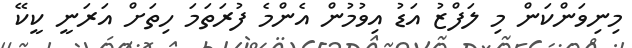
މިނިވަންކަން މި ލަފްޒު އަޑު އިވުމުން އެންމެ ފުރަތަމަ ހިތަށް އަރަނީ ކީކޭ